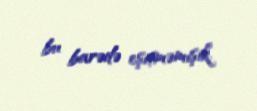
bu barədə eşitməmişik.